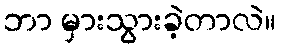
ဘာ မှားသွားခဲ့တာလဲ။